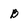
Character: B